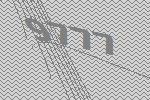
9777